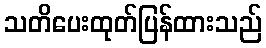
သတိပေးထုတ်ပြန်ထားသည်